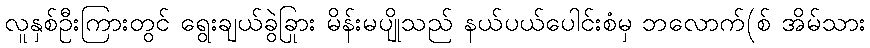
လူနှစ်ဦးကြားတွင် ရွေးချယ်ခွဲခြား မိန်းမပျိုသည် နယ်ပယ်ပေါင်းစုံမှ ဘလောက်(စ် အိမ်သား